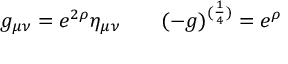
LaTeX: g _ { \mu \nu } = e ^ { 2 \rho } \eta _ { \mu \nu } \; \; \; \; \; \; \; ( - g ) ^ { ( { \frac { 1 } { 4 } } ) } = e ^ { \rho }